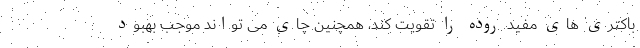
باکتری های مفید روده را تقویت کند، همچنین چای می تواند موجب بهبود